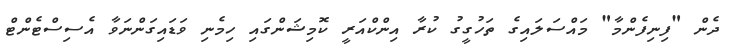
ދެން "ފިނިފެންމާ" މައްސަލައިގެ ތަހުގީގު ކުރާ އިންކްއަރީ ކޮމިޝަންގައި ހިމެނި ވަޑައިގަންނަވާ އެސިސްޓެންޓް